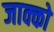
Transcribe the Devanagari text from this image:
जाक्को